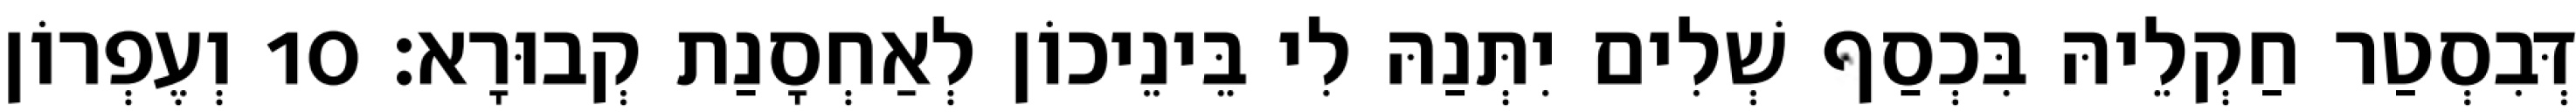
דְּבִסְטַר חַקְלֵיהּ בִּכְסַף שְׁלִים יִתְּנַהּ לִי בֵּינֵיכוֹן לְאַחְסָנַת קְבוּרָא׃ 10 וְעֶפְרוֹן